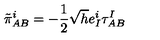
\tilde { \pi } _ { A B } ^ { i } = - \frac { 1 } { 2 } \sqrt { h } e _ { I } ^ { i } \tau _ { A B } ^ { I }